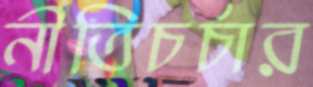
নীতিচর্চার